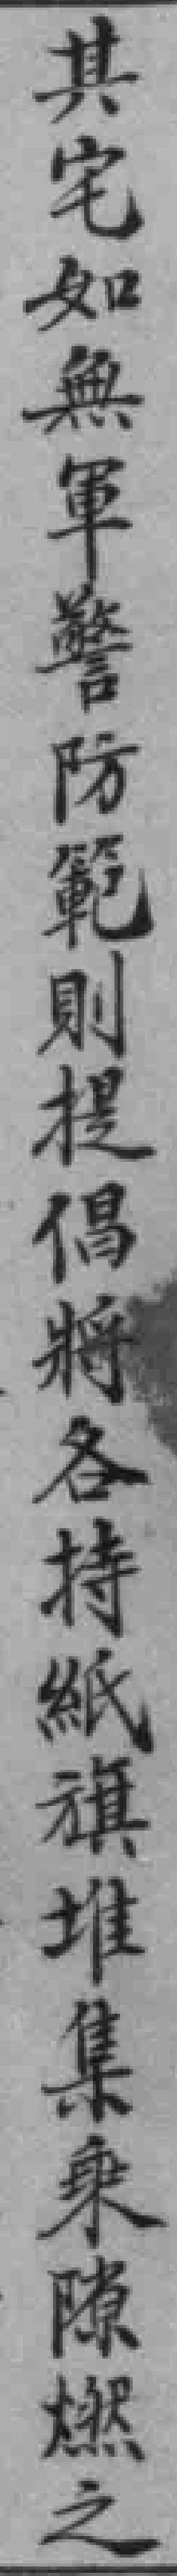
其宅如無軍警防範則提倡將各持紙旗堆集乘隙燃之